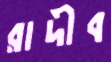
রাদীব